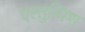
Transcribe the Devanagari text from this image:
एल्तुत्मिश